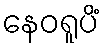
နေဝရူပိံ